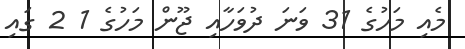
މެއި މަހުގެ 31 ވަނަ ދުވަހާއި ޖޫން މަހުގެ 1 2 ގައި